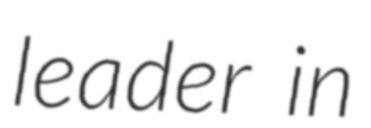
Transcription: leader in